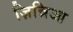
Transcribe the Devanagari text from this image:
ज़िन्निआ